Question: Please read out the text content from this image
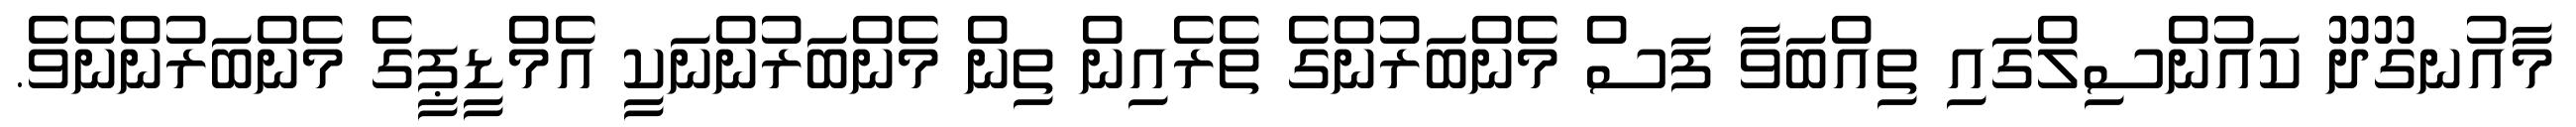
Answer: މާއުނގޫދޫ ކައުންސިލްގައި ތިއްބަވާ ފަސް މެންބަރުންގެ ތެރެއިން ތިން މެންބަރުންނަކީ އެމްޑީޕީގެ މެންބަރުންނެވެ.